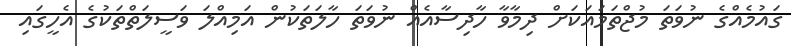
ގައުމެއްގެ ނުވަތަ މުޖްތަމައަކަށް ދިމާވާ ހާދިސާއެއް ނުވަތަ ހާލަތަކުން އަމިއްލަ ވަސީލަތްތަކުގެ އެހީގައި